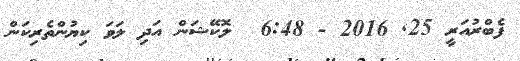
ފެބްރުއަރީ 25